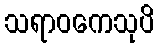
သရာဝကေသုပိ